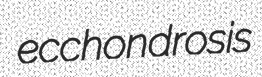
ecchondrosis